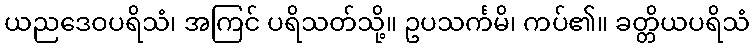
ယညဒေဝပရိသံ၊ အကြင် ပရိသတ်သို့။ ဥပသင်္ကမိ၊ ကပ်၏။ ခတ္တိယပရိသံ